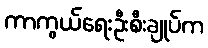
ကာကွယ်ရေးဦးစီးချုပ်က